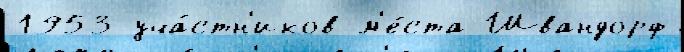
1953 уча́стн'иков м'е́ста Швандорф